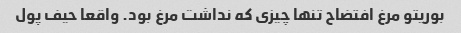
بوریتو مرغ افتضاح تنها چیزى که نداشت مرغ بود. واقعا حیف پول